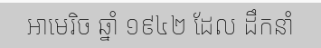
អាមេរិច ឆ្នាំ ១៩៤២ ដែល ដឹកនាំ